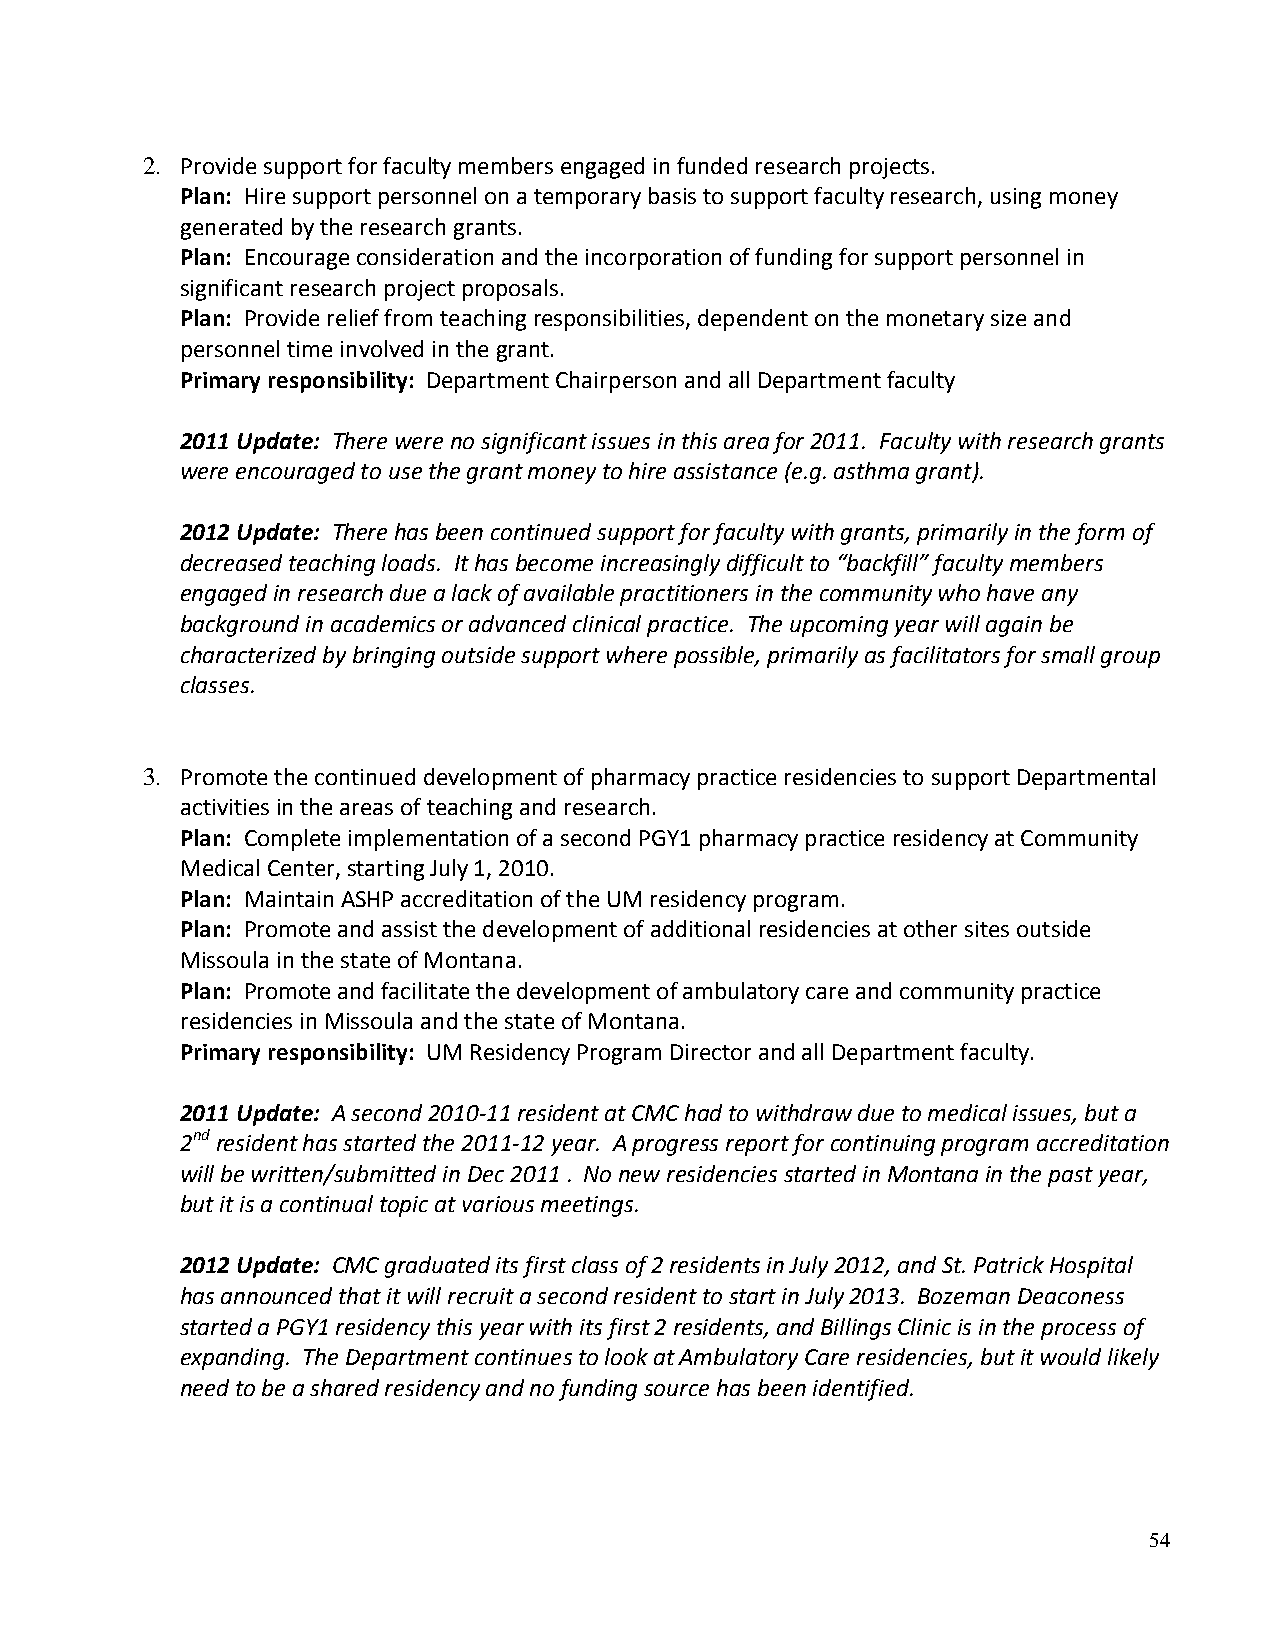
2. Provide support for faculty members engaged in funded research projects.
 Plan: Hire support personnel on a temporary basis to support faculty research, using money
 generated by the research grants.
 Plan: Encourage consideration and the incorporation of funding for support personnel in
 significant research project proposals.
 Plan: Provide relief from teaching responsibilities, dependent on the monetary size and
 personnel time involved in the grant.
 Primary responsibility: Department Chairperson and all Department faculty
 2011 Update: There were no significant issues in this area for 2011. Faculty with research grants
 were encouraged to use the grant money to hire assistance (e.g. asthma grant).
 2012 Update: There has been continued support for faculty with grants, primarily in the form of
 decreased teaching loads. It has become increasingly difficult to “backfill” faculty members
 engaged in research due a lack of available practitioners in the community who have any
 background in academics or advanced clinical practice. The upcoming year will again be
 characterized by bringing outside support where possible, primarily as facilitators for small group
 classes.
 3. Promote the continued development of pharmacy practice residencies to support Departmental
 activities in the areas of teaching and research.
 Plan: Complete implementation of a second PGY1 pharmacy practice residency at Community
 Medical Center, starting July 1, 2010.
 Plan: Maintain ASHP accreditation of the UM residency program.
 Plan: Promote and assist the development of additional residencies at other sites outside
 Missoula in the state of Montana.
 Plan: Promote and facilitate the development of ambulatory care and community practice
 residencies in Missoula and the state of Montana.
 Primary responsibility: UM Residency Program Director and all Department faculty.
 2011 Update: A second 2010-11 resident at CMC had to withdraw due to medical issues, but a
 2nd resident has started the 2011-12 year. A progress report for continuing program accreditation
 will be written/submitted in Dec 2011 . No new residencies started in Montana in the past year,
 but it is a continual topic at various meetings.
 2012 Update: CMC graduated its first class of 2 residents in July 2012, and St. Patrick Hospital
 has announced that it will recruit a second resident to start in July 2013. Bozeman Deaconess
 started a PGY1 residency this year with its first 2 residents, and Billings Clinic is in the process of
 expanding. The Department continues to look at Ambulatory Care residencies, but it would likely
 need to be a shared residency and no funding source has been identified.
 54